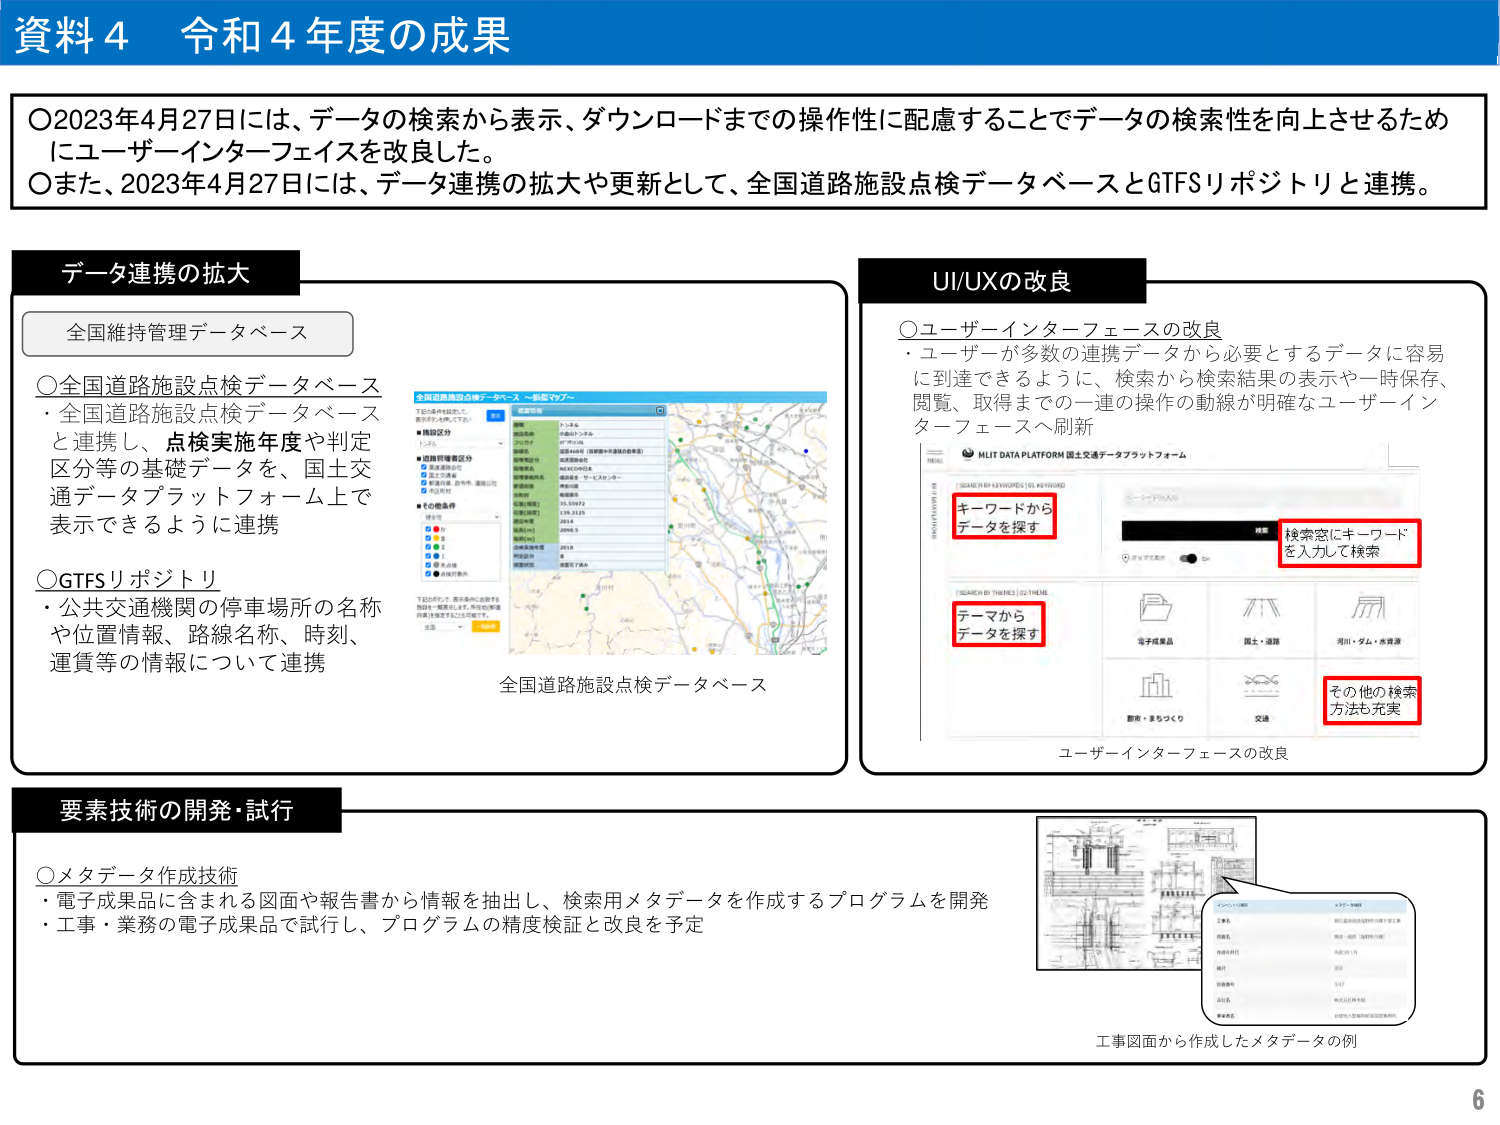
資料４ 令和４年度の成果

〇2023年4月27日には、データの検索から表示、ダウンロードまでの操作性に配慮することでデータの検索性を向上させるため
にユーザーインターフェイスを改良した。
〇また、2023年4月27日には、データ連携の拡大や更新として、全国道路施設点検データベースとGTFSリポジトリと連携。

データ連携の拡大

全国維持管理データベース

〇全国道路施設点検データベース
・全国道路施設点検データベース
と連携し、点検実施年度や判定
区分等の基礎データを、国土交
通データプラットフォーム上で
表示できるように連携

〇GTFSリポジトリ
・公共交通機関の停車場所の名称
や位置情報、路線名称、時刻、
運賃等の情報について連携

全国道路施設点検データベース

UI/UXの改良

〇ユーザーインターフェースの改良
・ユーザーが多数の連携データから必要とするデータに容易
に到達できるように、検索から検索結果の表示や一時保存、
閲覧、取得までの一連の操作の動線が明確なユーザーイン
ターフェースへ刷新

MLIT DATA PLATFORM 国土交通データプラットフォーム

キーワードから
データを探す

検索窓にキーワード
を入力して検索

テーマから
データを探す

電子成果品

国土・道路

河川・ダム・水資源

都市・まちづくり

交通

その他の検索
方法も充実

ユーザーインターフェースの改良

要素技術の開発・試行

〇メタデータ作成技術
・電子成果品に含まれる図面や報告書から情報を抽出し、検索用メタデータを作成するプログラムを開発
・工事・業務の電子成果品で試行し、プログラムの精度検証と改良を予定

工事図面から作成したメタデータの例

6